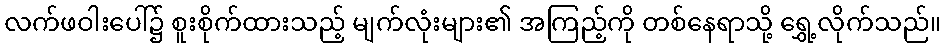
လက်ဖဝါးပေါ်၌ စူးစိုက်ထားသည့် မျက်လုံးများ၏ အကြည့်ကို တစ်နေရာသို့ ရွှေ့လိုက်သည်။